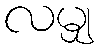
လမျှ